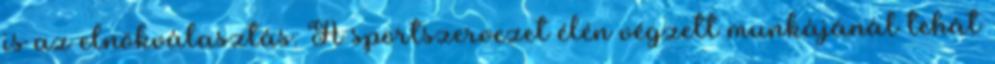
is az elnökválasztás. A sportszervezet élén végzett munkájánál tehát